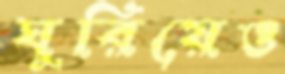
ঘুরিয়েও